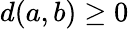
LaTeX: d(a,b)\geq 0